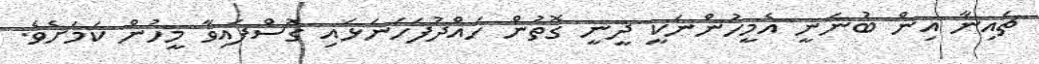
ޗައިނާ އިން ބުނަނީ އެމީހުންނަކީ ދީނީ ގޮތުން ހައްދުފަހަނަޅައި ގޮސްފައިވާ މީހުން ކަމަށެވެ.